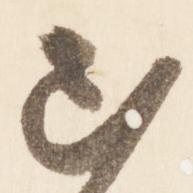
真